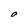
Character: O